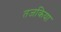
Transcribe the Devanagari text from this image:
तजकिया